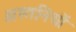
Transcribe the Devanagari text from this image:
अस्तनियों